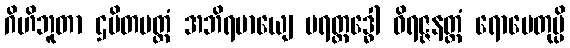
ဂိဟိဘူတာ ဌပိတပတ္တံ အဘိရမာယျေ ပရတ္ထဒ္ဓေါ ဝိရဇ္ဇနတ္ထံ ရောပေတုမ္ပိ